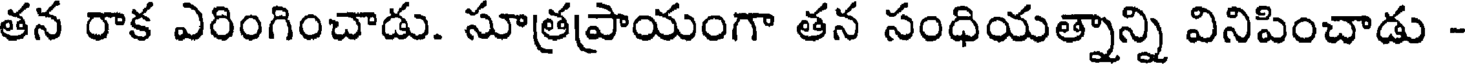
తన రాక ఎరింగించాడు. సూత్రప్రాయంగా తన సంధియత్నాన్ని వినిపించాడు -